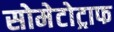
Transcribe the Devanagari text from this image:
सोमेटोट्राफ